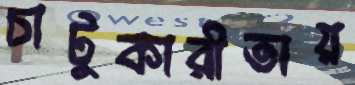
চাটুকারীতায়